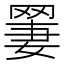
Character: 𫅆